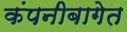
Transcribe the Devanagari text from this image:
कंपनीबागेत